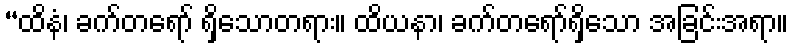
“ထိနံ၊ ခက်တရော် ရှိသောတရား။ ထိယနာ၊ ခက်တရော်ရှိသော အခြင်းအရာ။